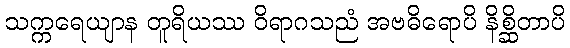
သက္ကရေယျာန တူရိယဿ ဝိရာဂသညံ အဗဓိရောပိ နိစ္ဆိတာပိ